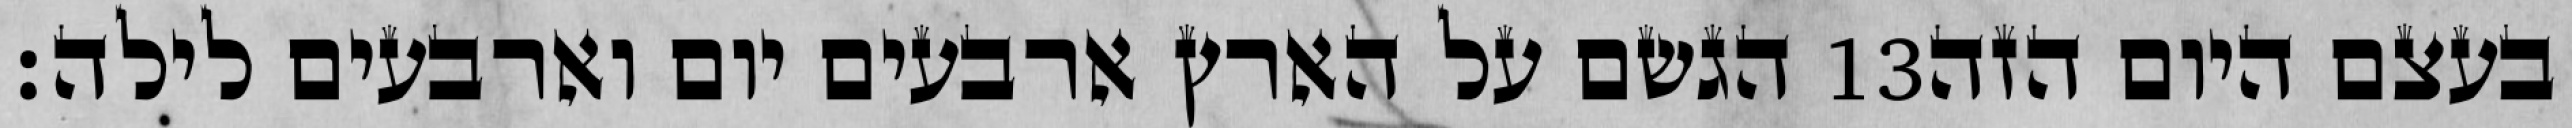
הגשם על הארץ ארבעים יום וארבעים לילה׃ ‎13‏ בעצם היום הזה